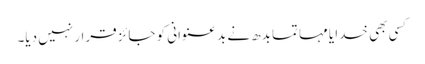
کسی بھی خدا یا مہاتما بدھ نے بد عنوانی کو جائز قرار نہیں دیا۔